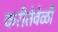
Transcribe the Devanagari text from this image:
करीतेवेळी